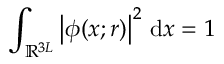
{ \int _ { \ensuremath { \mathbb { R } } ^ { 3 L } } \left| \phi ( x ; r ) \right| ^ { 2 } \, \mathrm { d } x = 1 }